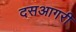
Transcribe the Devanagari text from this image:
दसआगरी